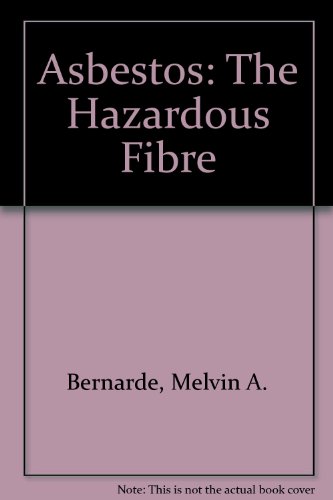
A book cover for Asbestos The Hazardous Fiber; Melvin A. Benarde; Health, Fitness & Dieting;